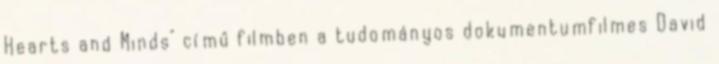
Hearts and Minds" című filmben a tudományos dokumentumfilmes David